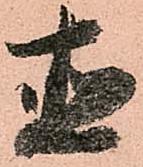
直